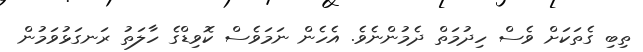
ތިބި ގެތަކަށް ވެސް ހިދުމަތް ދެމުންނެވެ. އެހެން ނަމަވެސް ކޮވިޑްގެ ހާލަތު ރަނގަޅުވަމުން